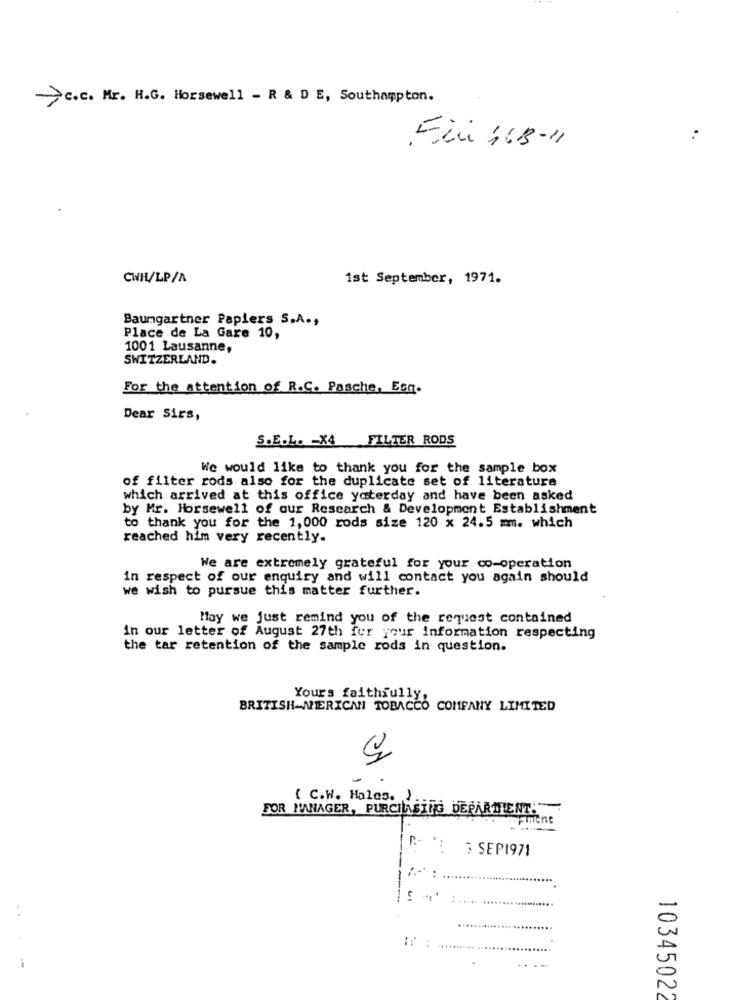
c.c. Mr. H.G. Horsewell - R & D E, Southampton.
CWH/LP/A
1st September, 1971.
Baumgartner Papiers S.A .,
Place de La Gare 10,
1001 Lausanne,
SWITZERLAND.
For the attention of R.C. Pasche, Esa.
Dear Sirs,
S.E.L. - X4 FILTER RODS
We would like to thank you for the sample box
of filter rods also for the duplicate set of literature
which arrived at this office yaterday and have been asked
by Mr. Horsewell of our Research & Development Establishment
to thank you for the 1,000 rods size 120 x 24.5 mm. which
reached him very recently.
We are extremely grateful for your co-operation
in respect of our enquiry and will contact you again should
we wish to pursue this matter further.
May we just remind you of the request contained
in our letter of August 27th for your information respecting
the tar retention of the sample rods in question.
Yours faithfully,
BRITISH-NERICAN TOBACCO COMPANY LIMITED
.
-
( C.W. Hales. )
FOR MANAGER, PURCHASING DEPARTIENT.
5 SEP1971
..
......
10345022